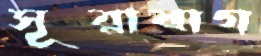
সূরাবাগ